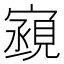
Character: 𫴏